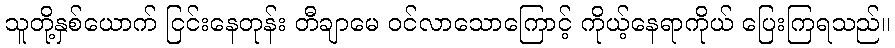
သူတို့နှစ်ယောက် ငြင်းနေတုန်း တီချာမေ ဝင်လာသောကြောင့် ကိုယ့်နေရာကိုယ် ပြေးကြရသည်။